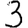
Digit: 3